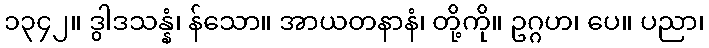
၁၃၄၂။ ဒွါဒသန္နံ၊ န်သော။ အာယတနာနံ၊ တို့ကို။ ဥဂ္ဂဟ၊ ပေ။ ပညာ၊